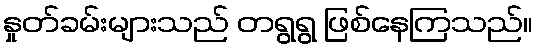
နှုတ်ခမ်းများသည် တရွရွ ဖြစ်နေကြသည်။